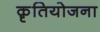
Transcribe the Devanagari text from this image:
क़ृतियोजना